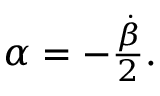
\begin{array} { r } { \alpha = - \frac { \dot { \beta } } { 2 } . } \end{array}